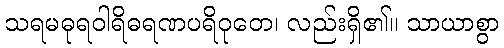
သရမဓုရဝါရိဓရဏပရိဝုတေ၊ လည်းရှိ၏။ သာယာစွာ